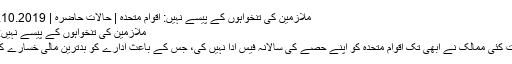
ملازمین کی تنخواہوں کے پیسے نہیں: اقوام متحدہ | حالات حاضرہ | DW | 09.10.2019
ملازمین کی تنخواہوں کے پیسے نہیں: اقوام متحدہ
امریکا سمیت کئی ممالک نے ابھی تک اقوام متحدہ کو اپنے حصے کی سالانہ فیس ادا نہیں کی، جس کے باعث ادارے کو بدترین مالی خسارے کا سامنا ہے۔